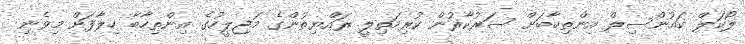
ލޯކަލް ކައުންސިލް އިންތިހާބަށް ސަރުކާރުން ކުރިމަތިލީ ރައްޔިތުންގެ މަޖިލީހުގެ އިންތިހާބާ ހިލާފަށް މިވެނި